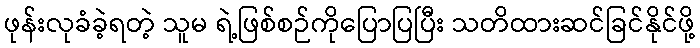
ဖုန်းလုခံခဲ့ရတဲ့ သူမ ရဲ့ဖြစ်စဉ်ကိုပြောပြပြီး သတိထားဆင်ခြင်နိုင်ဖို့